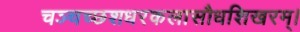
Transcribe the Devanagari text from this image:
चञ्चच्छशधरकलासौधशिखरम्।